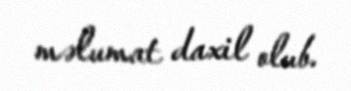
məlumat daxil olub.